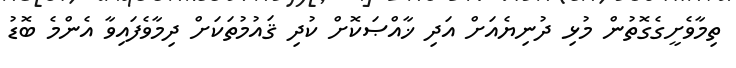
ތިމާވެށީގެގޮތުން މުޅި ދުނިޔެއަށް އަދި ޚާއްޞަކޮށް ކުދި ޤައުމުތަކަށް ދިމާވެފައިވާ އެންމެ ބޮޑު